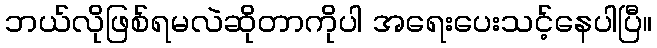
ဘယ်လိုဖြစ်ရမလဲဆိုတာကိုပါ အရေးပေးသင့်နေပါပြီ။